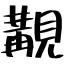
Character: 覯